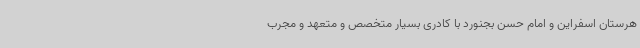
هرستان اسفراین و امام حسن بجنورد با کادری بسیار متخصص و متعهد و مجرب